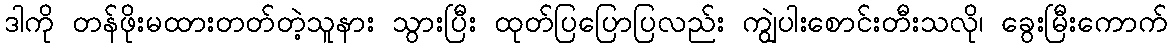
ဒါကို တန်ဖိုးမထားတတ်တဲ့သူနား သွားပြီး ထုတ်ပြပြောပြလည်း ကျွဲပါးစောင်းတီးသလို၊ ခွေးမြီးကောက်